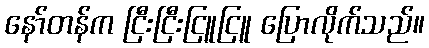
နော်တန်က ငြီးငြီးငြူငြူ ပြောလိုက်သည်။